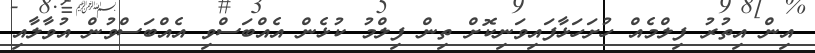
އިން އިތުރު ފިލްމެއް ހުށަހަޅާފައިވަނިކޮށް ތިން ފިލްމު ކުޅެން އެއްބަސްވި އެއްބަސްވުން އުވާލާއި